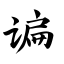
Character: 谝